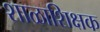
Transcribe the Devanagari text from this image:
शाळाशिक्षक